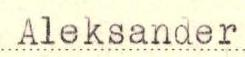
Aleksander